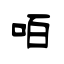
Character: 咟